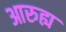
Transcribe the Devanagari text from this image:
आरुह्य